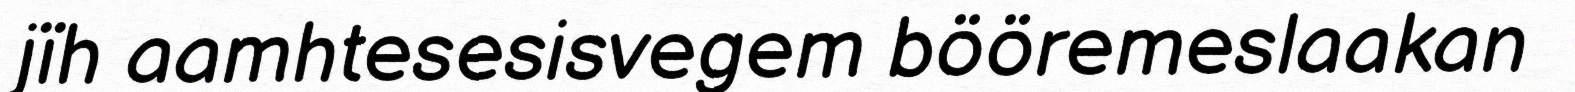
jïh aamhtesesisvegem bööremeslaakan